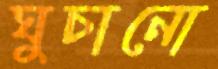
ঘুচানো